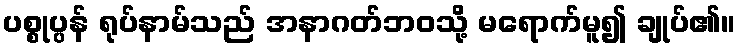
ပစ္စုပ္ပန် ရုပ်နာမ်သည် အနာဂတ်ဘဝသို့ မရောက်မူ၍ ချုပ်၏။